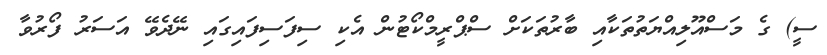
ސީ) ގެ މަސްއޫލިއްޔަތުތަކާއި ބާރުތަކަށް ސްޕްރީމްކޯޓުން އެކި ސިފަސިފައިގައި ނޭދެވޭ އަސަރު ފޯރުވާ